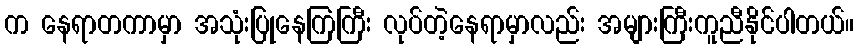
က နေရာတကာမှာ အသုံးပြုနေကြကြီး လုပ်တဲ့နေရာမှာလည်း အများကြီးကူညီနိုင်ပါတယ်။